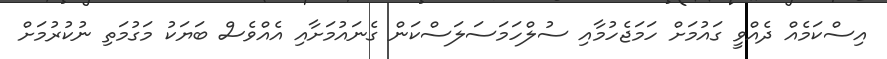
އިސްކަމެއް ދެއްވީ ގައުމަށް ހަމަޖެހުމާއި ސުލްހަމަސަލަސްކަން ގެނައުމަށާއި އެއްވެސް ބަޔަކު މަގުމަތި ނުކުރުމަށް